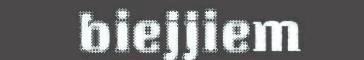
biejjiem